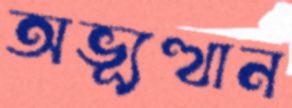
অভ্যূত্থান